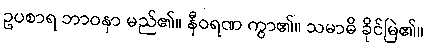
ဥပစာရ ဘာဝနာ မည်၏။ နီဝရဏ ကွာ၏။ သမာဓိ ခိုင်မြဲ၏။